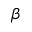
\beta